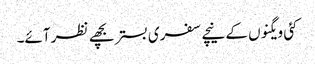
کئی ویگنوں کے نیچے سفری بستر بچھے نظر آئے۔